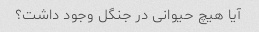
آیا هیچ حیوانی در جنگل وجود داشت؟